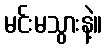
မင်းမသွားနဲ့။